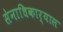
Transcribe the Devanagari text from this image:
सेनाधिकार्‍यास